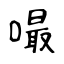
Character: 嘬